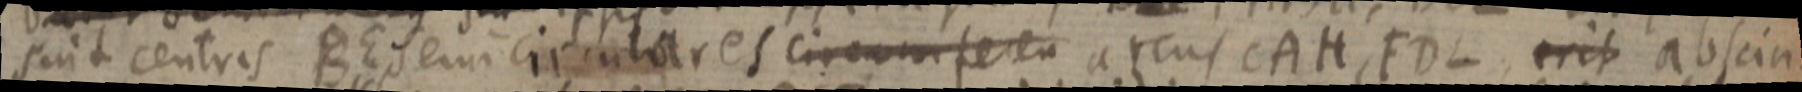
suit centris BE, Semicirculares circumferen arcus CAH, FDL, erit abscin